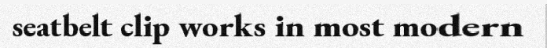
seatbelt clip works in most modern